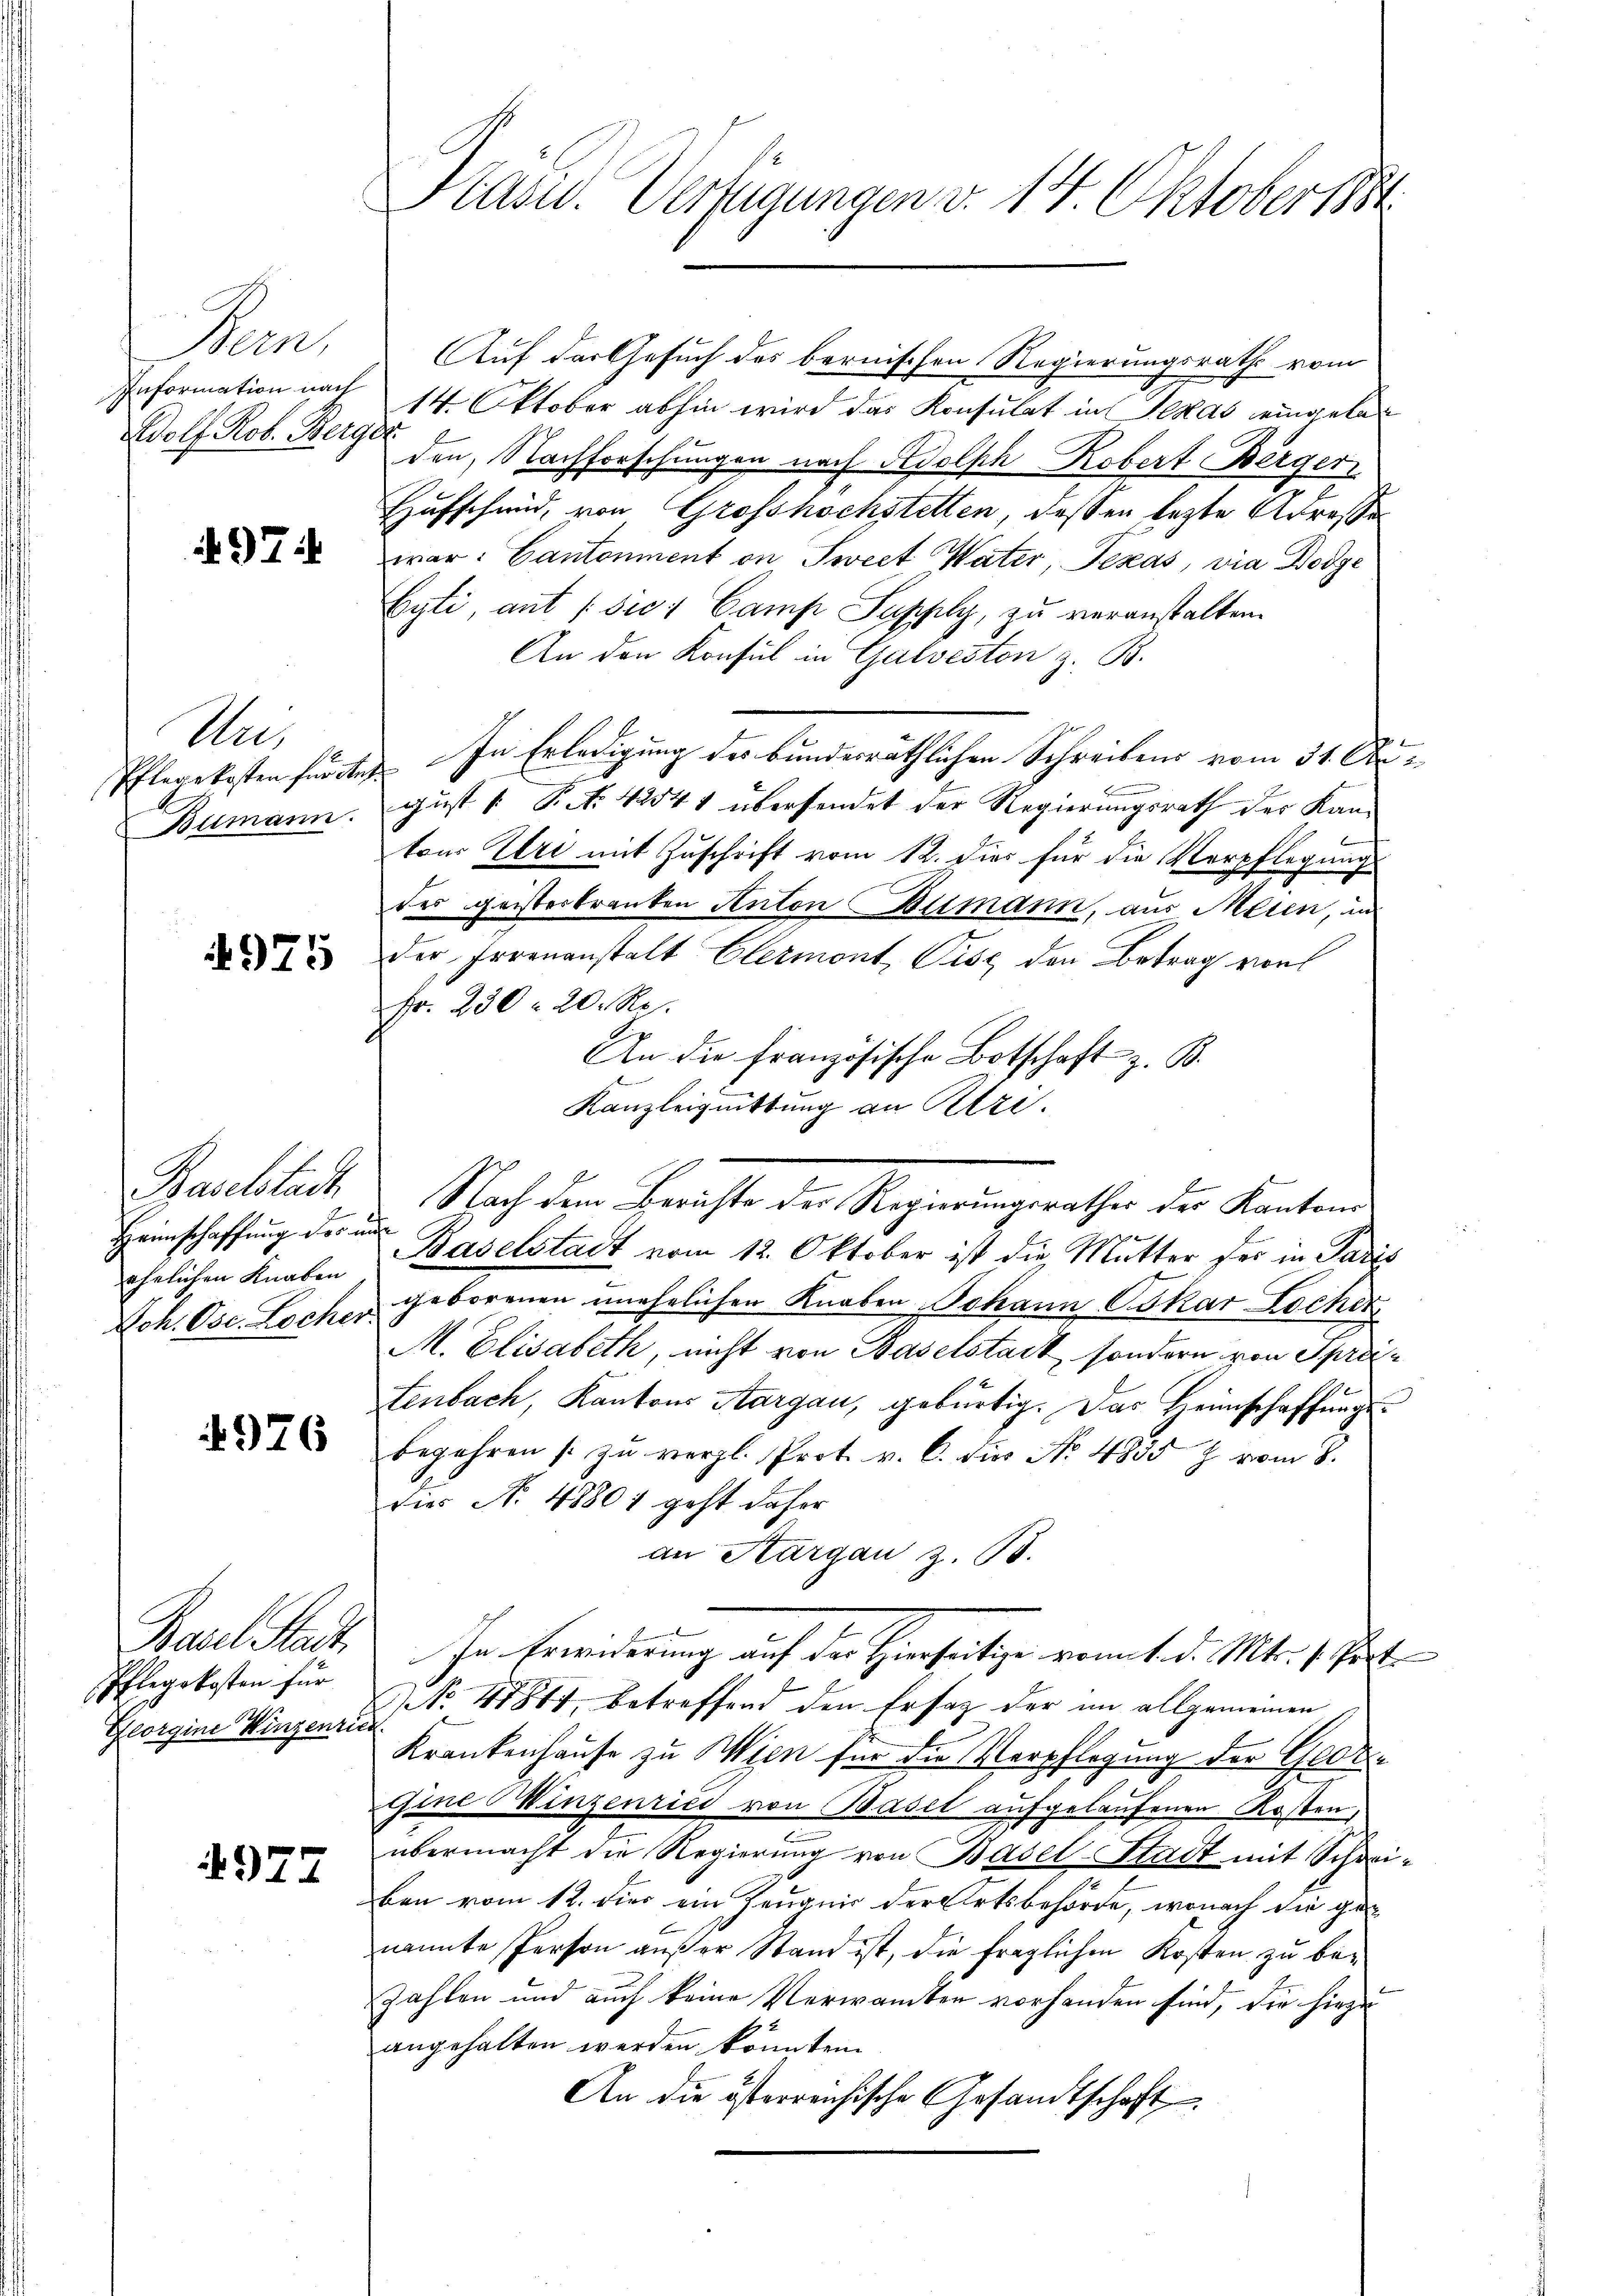
Semes
Information nach
Wolf Rob. Berger

97:

Au
Pflegskosten für de
Bumann.

4975

Baselstadt
Heimschaffung des
ehelichen Knaben
Joh. Osc. Loche.

976

Basel Stadt
Pflegekosten für
Georgine Hingenri

4977

Kasu. Verfügungen v. 14. Oktober 1881

Auf der Gesuch des bernischen Regierungsrath vom
14. Oktober abhin wird das Konsulat in Sekas eingelan
den, Nachforschungen nach Adolph Robert Bergeri
Hufschmid, von Grosshöchstetten, dessen lezte Adressewar: Cantonment on Sweet Vater, Texas, via Dodge
Eyti, aut (sie: Camp Supply, zu veranstalten.
An den Konsul in Galveston z. B.
2 x
1. In Erledigung des bundesräthlichen Schreibens vom 31. Apri
gust 1 P. No. 42541 übersendet der Regierungsrath der Kantour Uri mit Zuschrift vom 12. dies für die Verpflegung
des geisterkranken Anton Blimann, aus Meien, in
der Irrenanstalt Elermont, Pise den Betrag von
Fr. 230 n 20 Rp.
An die Französische Botschaft z. B.
2
Kanzleiguittung an Pri¬
Nach dem Berichte der Regierungsrathes der Kantons
auf
Baselstadt vom 12. Oktober ist die Mutter der in Paris
geborenen unehelichen Knaben Johann Oskar Lochen
ich
M. Elisabeth, nicht von Baselstadt, sondern von Spreienbach, Kantons Aargau, gebürtig. Das Heimschaffungsbegehren /: zŭ vergl. Prot. v. C. dies No. 4835 f vom 8.
Die No 48807 geht daher
an Thurgau z. B.
In Erwiederung auf der Hierseitige komit d. Mts. 1. Jet
NNo. 41817, betreffend den Erstag der im allgemeinen
.
Krankenhause zu Wien für die Verpflegung der Geor¬
Gine Winzenried von Basel aufgelaufenen Kosten,
übermacht die Regierung von Basel-Stadt mit Schwiben vom 12. dies ein Zeugnis der Ortsbehörde, wonach die genannte Person außer Stand ist, die fraglichen Kosten zu bezahlen und auch keine Verwandten vorhanden sind, die hiezu
angehalten werden könnten.
An die österreichische Gesandtschaft